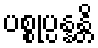
ပစ္စုပ္ပန္နန္တိ